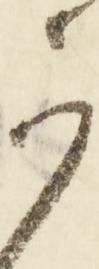
可